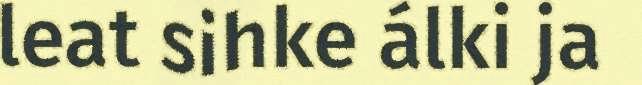
leat sihke álki ja